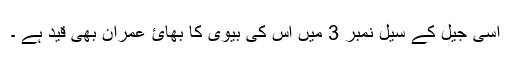
اسی جیل کے سیل نمبر 3 میں اس کی بیوی کا بھائ عمران بھی قید ہے ۔